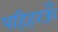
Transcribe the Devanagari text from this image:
पहिहरऊँ